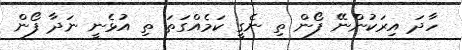
ހާދަ އިރަކުންނޭ ފޯން ތި ނެގީ ކަމެއްގަތަ ތި އުޅެނީ ނަދާ ފޯން